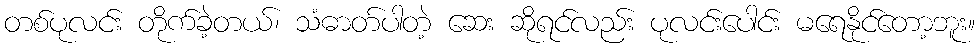
တစ်ပုလင်း တိုက်ခဲ့တယ်၊ သံဓာတ်ပါတဲ့ ဆေး ဆိုရင်လည်း ပုလင်းပေါင်း မရေနိုင်တော့ဘူး။